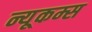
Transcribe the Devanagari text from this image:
न्यूकम्स